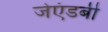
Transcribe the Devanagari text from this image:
जेएंडबी